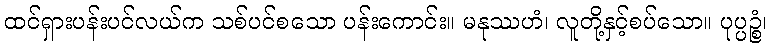
ထင်ရှားပန်းပင်လယ်က သစ်ပင်စသော ပန်းကောင်း။ မနုဿဟံ၊ လူတို့နှင့်စပ်သော။ ပုပ္ပဉ္စံ၊